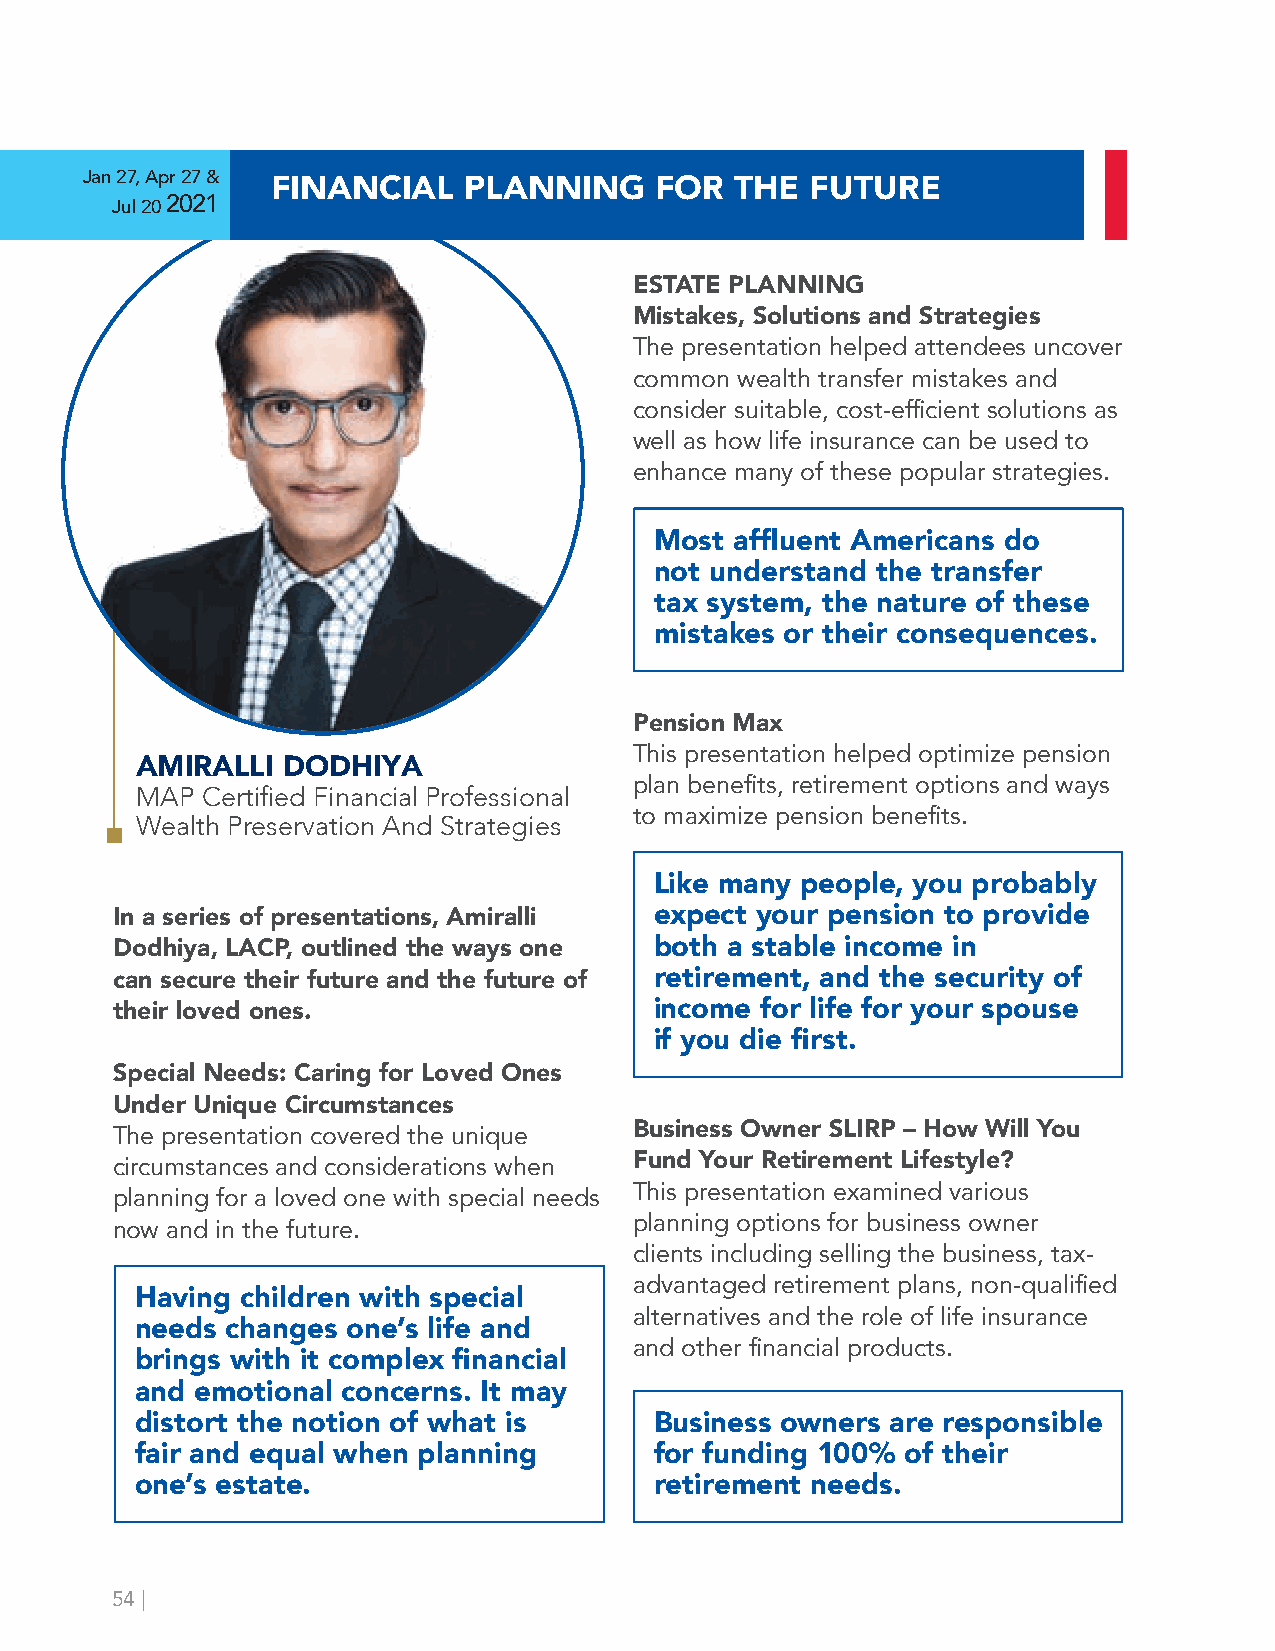
Jan 27, Apr 27 &
 FINANCIAL    PLANNING    FOR   THE  FUTURE
 Jul 20 2021
 ESTATE PLANNING
 Mistakes, Solutions and Strategies
 The presentation helped attendees uncover
 common wealth transfer mistakes and
 consider suitable, cost-efficient solutions as
 well as how life insurance can be used to
 enhance many of these popular strategies.
 Most  affluent Americans do
 not understand the transfer
 tax system, the nature of these
 mistakes or their consequences.
 Pension Max
 This presentation helped optimize pension
 AMIRALLI  DODHIYA
 plan benefits, retirement options and ways
 MAP Certified Financial Professional
 Wealth Preservation And Strategies to maximize pension benefits.
 Like many people, you probably
 In a series of presentations, Amiralli expect your pension to provide
 Dodhiya, LACP, outlined the ways one both a stable income in
 can secure their future and the future of retirement, and the security of
 their loved ones.                   income for life for your spouse
 if you die first.
 Special Needs: Caring for Loved Ones
 Under Unique Circumstances
 The presentation covered the unique Business Owner SLIRP – How Will You
 circumstances and considerations when Fund Your Retirement Lifestyle?
 This presentation examined various
 planning for a loved one with special needs
 planning options for business owner
 now and in the future.
 clients including selling the business, tax-
 advantaged retirement plans, non-qualified
 Having children with special
 alternatives and the role of life insurance
 needs changes one’s life and
 and other financial products.
 brings with it complex financial
 and emotional concerns. It may
 distort the notion of what is     Business owners are responsible
 fair and equal when planning      for funding 100% of their
 one’s estate.                     retirement needs.
 54 |